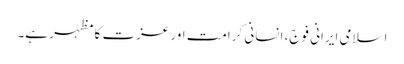
اسلامی ایرانی فوج، انسانی کرامت اور عزت کا مظہر ہے۔